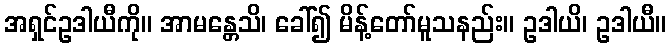
အရှင်ဥဒါယီကို။ အာမန္တေသိ၊ ခေါ်၍ မိန့်တော်မူသနည်း။ ဥဒါယိ၊ ဥဒါယီ။